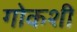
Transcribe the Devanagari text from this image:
गोकशी